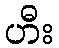
ဟီး